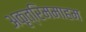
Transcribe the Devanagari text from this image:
अकृत्रिममाहम